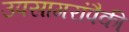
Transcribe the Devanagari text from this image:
उपसागरांपैकी